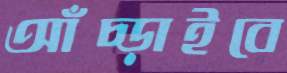
আঁচ্‌ড়াইবে